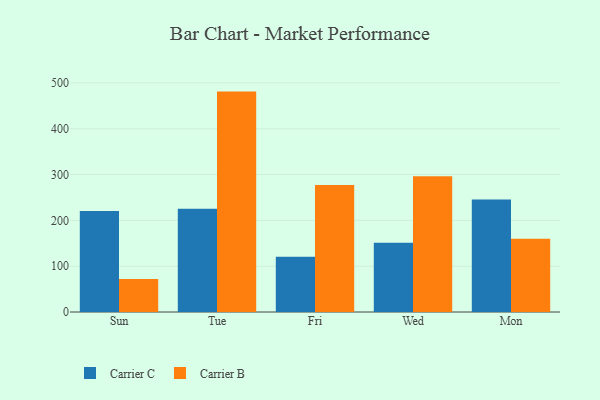
{"axis": {"x": "Day", "y": "Customer Acquisition Cost (USD)"}, "legend": ["Carrier B", "Carrier C"], "data": [{"x": "Sun", "y": 220.6, "type": "Carrier C"}, {"x": "Sun", "y": 72.0, "type": "Carrier B"}, {"x": "Tue", "y": 225.3, "type": "Carrier C"}, {"x": "Tue", "y": 481.1, "type": "Carrier B"}, {"x": "Fri", "y": 120.7, "type": "Carrier C"}, {"x": "Fri", "y": 277.0, "type": "Carrier B"}, {"x": "Wed", "y": 151.1, "type": "Carrier C"}, {"x": "Wed", "y": 296.4, "type": "Carrier B"}, {"x": "Mon", "y": 245.4, "type": "Carrier C"}, {"x": "Mon", "y": 159.8, "type": "Carrier B"}]}